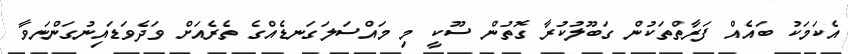
އެކަމަކު ބައެއް ފަރާތްތަކުން ގަބޫލުކުރާ ގޮތުން ސޫކީ މި މައްސަލަގަނޑެއްގެ ތެރެއަށް ވަދެވަޑައިނުގަންނަވާ